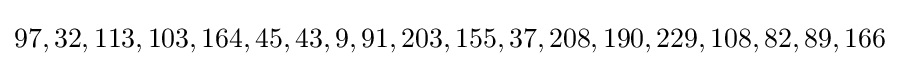
97,32,113,103,164,45,43,9,91,203,155,37,208,190,229,108,82,89,166